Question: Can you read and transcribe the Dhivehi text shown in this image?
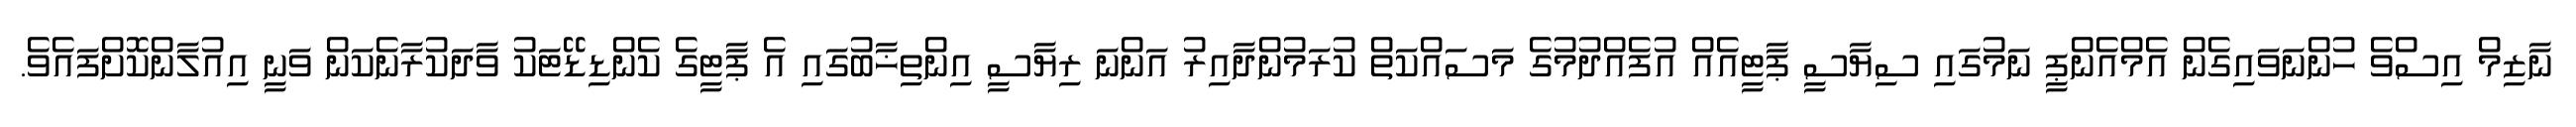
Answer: ނާޒިމް އިސްވެ ހުންނަވައިގެން އެމްއެންޕީ ނަމުގައި ސިޔާސީ ޕާޓީއެއް އުފެއްދުމުގެ މަސައްކަތް ކުރަމުންދާއިރު އަންނަ ރިޔާސީ އިންތިޚާބުގައި އެ ޕާޓީގެ ކެންޑިޑޭޓަކު ވާދަކުރާނެކަން ވަނީ އިއުލާންކޮށްފައެވެ.